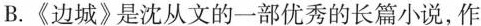
B.《边城》是沈从文的一部优秀的长篇小说，作